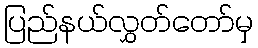
ပြည်နယ်လွှတ်တော်မှ